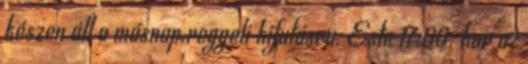
készen áll a másnap reggeli kifutásra. Este 17:00-kor az